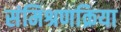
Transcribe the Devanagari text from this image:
संमिश्रणक्रिया